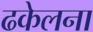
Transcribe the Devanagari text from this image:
ढकेलना